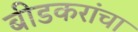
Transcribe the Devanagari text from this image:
बीडकरांचा